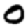
Digit: 0